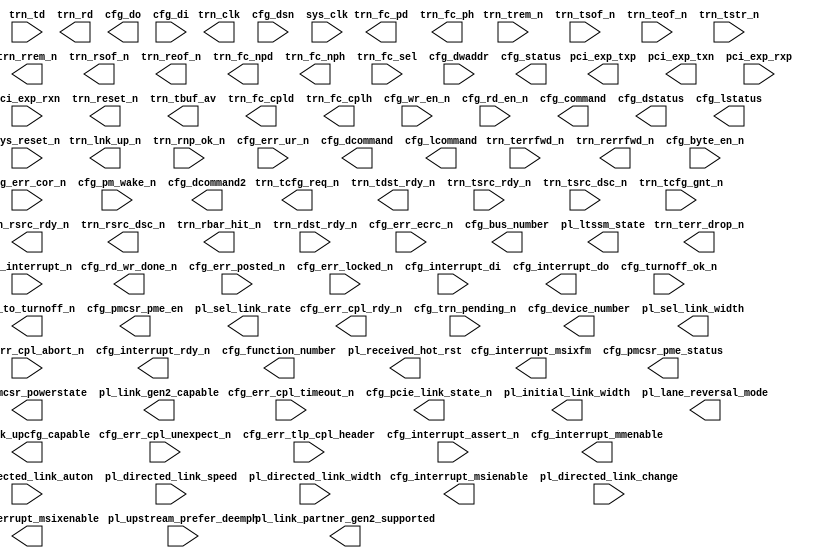
  
//-----------------------------------------------------------------------------
//
// (c) Copyright 2009-2011 Xilinx, Inc. All rights reserved.
//
// This file contains confidential and proprietary information
// of Xilinx, Inc. and is protected under U.S. and
// international copyright and other intellectual property
// laws.
//
// DISCLAIMER
// This disclaimer is not a license and does not grant any
// rights to the materials distributed herewith. Except as
// otherwise provided in a valid license issued to you by
// Xilinx, and to the maximum extent permitted by applicable
// law: (1) THESE MATERIALS ARE MADE AVAILABLE "AS IS" AND
// WITH ALL FAULTS, AND XILINX HEREBY DISCLAIMS ALL WARRANTIES
// AND CONDITIONS, EXPRESS, IMPLIED, OR STATUTORY, INCLUDING
// BUT NOT LIMITED TO WARRANTIES OF MERCHANTABILITY, NON-
// INFRINGEMENT, OR FITNESS FOR ANY PARTICULAR PURPOSE; and
// (2) Xilinx shall not be liable (whether in contract or tort,
// including negligence, or under any other theory of
// liability) for any loss or damage of any kind or nature
// related to, arising under or in connection with these
// materials, including for any direct, or any indirect,
// special, incidental, or consequential loss or damage
// (including loss of data, profits, goodwill, or any type of
// loss or damage suffered as a result of any action brought
// by a third party) even if such damage or loss was
// reasonably foreseeable or Xilinx had been advised of the
// possibility of the same.
//
// CRITICAL APPLICATIONS
// Xilinx products are not designed or intended to be fail-
// safe, or for use in any application requiring fail-safe
// performance, such as life-support or safety devices or
// systems, Class III medical devices, nuclear facilities,
// applications related to the deployment of airbags, or any
// other applications that could lead to death, personal
// injury, or severe property or environmental damage
// (individually and collectively, "Critical
// Applications"). Customer assumes the sole risk and
// liability of any use of Xilinx products in Critical
// Applications, subject only to applicable laws and
// regulations governing limitations on product liability.
//
// THIS COPYRIGHT NOTICE AND DISCLAIMER MUST BE RETAINED AS
// PART OF THIS FILE AT ALL TIMES.
//
//-----------------------------------------------------------------------------
// Project    : Virtex-6 Integrated Block for PCI Express
// Version    : 1.7
module v6_pcie_v1_7 (

  //-------------------------------------------------------
  // 1. PCI Express (pci_exp) Interface
  //-------------------------------------------------------

  // Tx
  pci_exp_txp,
  pci_exp_txn,

  // Rx
  pci_exp_rxp,
  pci_exp_rxn,

  //-------------------------------------------------------
  // 2. Transaction (TRN) Interface
  //-------------------------------------------------------

  // Common
  trn_clk,
  trn_reset_n,
  trn_lnk_up_n,

  // Tx
  trn_tbuf_av,
  trn_tcfg_req_n,
  trn_terr_drop_n,
  trn_tdst_rdy_n,
  trn_td,
  trn_trem_n,
  trn_tsof_n,
  trn_teof_n,
  trn_tsrc_rdy_n,
  trn_tsrc_dsc_n,
  trn_terrfwd_n,

  trn_tcfg_gnt_n,
  trn_tstr_n,

  // Rx
  trn_rd,
  trn_rrem_n,
  trn_rsof_n,
  trn_reof_n,
  trn_rsrc_rdy_n,
  trn_rsrc_dsc_n,
  trn_rerrfwd_n,
  trn_rbar_hit_n,
  trn_rdst_rdy_n,
  trn_rnp_ok_n,

  // Flow Control
  trn_fc_cpld,
  trn_fc_cplh,
  trn_fc_npd,
  trn_fc_nph,
  trn_fc_pd,
  trn_fc_ph,
  trn_fc_sel,


  //-------------------------------------------------------
  // 3. Configuration (CFG) Interface
  //-------------------------------------------------------

  cfg_do,
  cfg_rd_wr_done_n,
  cfg_di,
  cfg_byte_en_n,
  cfg_dwaddr,
  cfg_wr_en_n,
  cfg_rd_en_n,

  cfg_err_cor_n,
  cfg_err_ur_n,
  cfg_err_ecrc_n,
  cfg_err_cpl_timeout_n,
  cfg_err_cpl_abort_n,
  cfg_err_cpl_unexpect_n,
  cfg_err_posted_n,
  cfg_err_locked_n,
  cfg_err_tlp_cpl_header,
  cfg_err_cpl_rdy_n,
  cfg_interrupt_n,
  cfg_interrupt_rdy_n,
  cfg_interrupt_assert_n,
  cfg_interrupt_di,
  cfg_interrupt_do,
  cfg_interrupt_mmenable,
  cfg_interrupt_msienable,
  cfg_interrupt_msixenable,
  cfg_interrupt_msixfm,
  cfg_turnoff_ok_n,
  cfg_to_turnoff_n,
  cfg_trn_pending_n,
  cfg_pm_wake_n,
  cfg_bus_number,
  cfg_device_number,
  cfg_function_number,
  cfg_status,
  cfg_command,
  cfg_dstatus,
  cfg_dcommand,
  cfg_lstatus,
  cfg_lcommand,
  cfg_dcommand2,
  cfg_pcie_link_state_n,
  cfg_dsn,
  cfg_pmcsr_pme_en,
  cfg_pmcsr_pme_status,
  cfg_pmcsr_powerstate,

  //-------------------------------------------------------
  // 4. Physical Layer Control and Status (PL) Interface
  //-------------------------------------------------------

  pl_initial_link_width,
  pl_lane_reversal_mode,
  pl_link_gen2_capable,
  pl_link_partner_gen2_supported,
  pl_link_upcfg_capable,
  pl_ltssm_state,
  pl_received_hot_rst,
  pl_sel_link_rate,
  pl_sel_link_width,
  pl_directed_link_auton,
  pl_directed_link_change,
  pl_directed_link_speed,
  pl_directed_link_width,
  pl_upstream_prefer_deemph,

  //-------------------------------------------------------
  // 5. System  (SYS) Interface
  //-------------------------------------------------------

  sys_clk,
  sys_reset_n


); //synthesis syn_black_box







  //-------------------------------------------------------
  // 1. PCI Express (pci_exp) Interface
  //-------------------------------------------------------

  // Tx
  output  [(4 - 1):0]          pci_exp_txp;
  output  [(4 - 1):0]          pci_exp_txn;

  // Rx
  input   [(4 - 1):0]          pci_exp_rxp;
  input   [(4 - 1):0]          pci_exp_rxn;

  //-------------------------------------------------------
  // 2. Transaction (TRN) Interface
  //-------------------------------------------------------

  // Common
  output                                        trn_clk;
  output                                        trn_reset_n;
  output                                        trn_lnk_up_n;

  // Tx
  output  [5:0]                                 trn_tbuf_av;
  output                                        trn_tcfg_req_n;
  output                                        trn_terr_drop_n;
  output                                        trn_tdst_rdy_n;
  input   [63:0]                                trn_td;
  input                                         trn_trem_n;
  input                                         trn_tsof_n;
  input                                         trn_teof_n;
  input                                         trn_tsrc_rdy_n;
  input                                         trn_tsrc_dsc_n;
  input                                         trn_terrfwd_n;
  input                                         trn_tcfg_gnt_n;
  input                                         trn_tstr_n;

  // Rx
  output  [63:0]                                trn_rd;
  output                                        trn_rrem_n;
  output                                        trn_rsof_n;
  output                                        trn_reof_n;
  output                                        trn_rsrc_rdy_n;
  output                                        trn_rsrc_dsc_n;
  output                                        trn_rerrfwd_n;
  output  [6:0]                                 trn_rbar_hit_n;
  input                                         trn_rdst_rdy_n;
  input                                         trn_rnp_ok_n;

  // Flow Control
  output [11:0]                                 trn_fc_cpld;
  output  [7:0]                                 trn_fc_cplh;
  output [11:0]                                 trn_fc_npd;
  output  [7:0]                                 trn_fc_nph;
  output [11:0]                                 trn_fc_pd;
  output  [7:0]                                 trn_fc_ph;
  input   [2:0]                                 trn_fc_sel;


  //-------------------------------------------------------
  // 3. Configuration (CFG) Interface
  //-------------------------------------------------------

  output [31:0]                                 cfg_do;
  output                                        cfg_rd_wr_done_n;
  input  [31:0]                                 cfg_di;
  input   [3:0]                                 cfg_byte_en_n;
  input   [9:0]                                 cfg_dwaddr;
  input                                         cfg_wr_en_n;
  input                                         cfg_rd_en_n;

  input                                         cfg_err_cor_n;
  input                                         cfg_err_ur_n;
  input                                         cfg_err_ecrc_n;
  input                                         cfg_err_cpl_timeout_n;
  input                                         cfg_err_cpl_abort_n;
  input                                         cfg_err_cpl_unexpect_n;
  input                                         cfg_err_posted_n;
  input                                         cfg_err_locked_n;
  input  [47:0]                                 cfg_err_tlp_cpl_header;
  output                                        cfg_err_cpl_rdy_n;
  input                                         cfg_interrupt_n;
  output                                        cfg_interrupt_rdy_n;
  input                                         cfg_interrupt_assert_n;
  input  [7:0]                                  cfg_interrupt_di;
  output [7:0]                                  cfg_interrupt_do;
  output [2:0]                                  cfg_interrupt_mmenable;
  output                                        cfg_interrupt_msienable;
  output                                        cfg_interrupt_msixenable;
  output                                        cfg_interrupt_msixfm;
  input                                         cfg_turnoff_ok_n;
  output                                        cfg_to_turnoff_n;
  input                                         cfg_trn_pending_n;
  input                                         cfg_pm_wake_n;
  output  [7:0]                                 cfg_bus_number;
  output  [4:0]                                 cfg_device_number;
  output  [2:0]                                 cfg_function_number;
  output [15:0]                                 cfg_status;
  output [15:0]                                 cfg_command;
  output [15:0]                                 cfg_dstatus;
  output [15:0]                                 cfg_dcommand;
  output [15:0]                                 cfg_lstatus;
  output [15:0]                                 cfg_lcommand;
  output [15:0]                                 cfg_dcommand2;
  output  [2:0]                                 cfg_pcie_link_state_n;
  input  [63:0]                                 cfg_dsn;
  output                                        cfg_pmcsr_pme_en;
  output                                        cfg_pmcsr_pme_status;
  output  [1:0]                                 cfg_pmcsr_powerstate;

  //-------------------------------------------------------
  // 4. Physical Layer Control and Status (PL) Interface
  //-------------------------------------------------------

  output [2:0]                                  pl_initial_link_width;
  output [1:0]                                  pl_lane_reversal_mode;
  output                                        pl_link_gen2_capable;
  output                                        pl_link_partner_gen2_supported;
  output                                        pl_link_upcfg_capable;
  output [5:0]                                  pl_ltssm_state;
  output                                        pl_received_hot_rst;
  output                                        pl_sel_link_rate;
  output [1:0]                                  pl_sel_link_width;
  input                                         pl_directed_link_auton;
  input  [1:0]                                  pl_directed_link_change;
  input                                         pl_directed_link_speed;
  input  [1:0]                                  pl_directed_link_width;
  input                                         pl_upstream_prefer_deemph;

  //-------------------------------------------------------
  // 5. System  (SYS) Interface
  //-------------------------------------------------------

  input                                         sys_clk;
  input                                         sys_reset_n;


endmodule // v6_pcie_v1_7